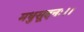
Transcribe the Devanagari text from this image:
मधुसूदनः।।